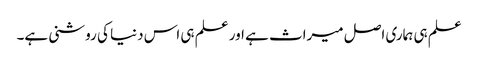
علم ہی ہماری اصل میراث ہے اور علم ہی اس دنیا کی روشنی ہے۔